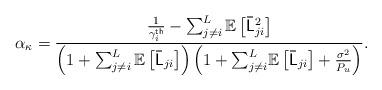
LaTeX: \begin{align*}\alpha_{\kappa}=\dfrac{\frac{1}{\gamma_{i}^{\mathsf{th}}}-\sum_{j\neq i}^{L}\mathbb{E}\left[\mathsf{\bar{L}}_{ji}^{2}\right]}{\left(1+\sum_{j\neq i}^{L}\mathbb{E}\left[\mathsf{\bar{L}}_{ji}\right]\right)\left(1+{\sum_{j\neq i}^{L}}\mathbb{E}\left[\mathsf{\bar{L}}_{ji}\right]+\frac{\sigma^{2}}{P_u}\right)}.\end{align*}